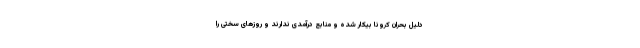
دلیل بحران کرونا بیکار شده و منابع درآمدی ندارند و روزهای سختی را